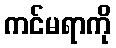
ကင်မရာကို